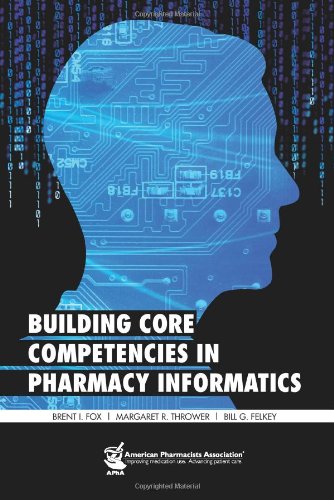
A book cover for Building Core Competencies in Pharmacy Informatics; Brent I. Fox; Medical Books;